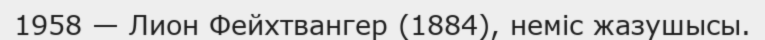
1958 — Лион Фейхтвангер (1884), неміс жазушысы.